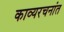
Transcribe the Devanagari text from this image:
काव्यरचनांत